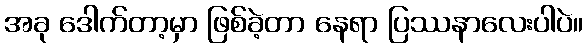
အခု ဒေါက်တာ့မှာ ဖြစ်ခဲ့တာ နေရာ ပြဿနာလေးပါပဲ။